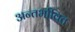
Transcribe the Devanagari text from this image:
अन्तर्भावित